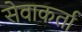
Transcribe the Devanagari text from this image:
सेवाकर्ता